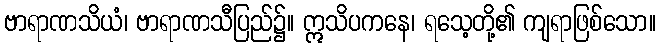
ဗာရာဏသိယံ၊ ဗာရာဏသီပြည်၌။ ဣသိပကနေ၊ ရသေ့တို့၏ ကျရာဖြစ်သော။